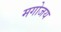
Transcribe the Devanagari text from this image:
मगोजय